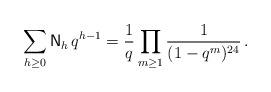
LaTeX: \begin{align*} \sum_{h \geq 0} \mathsf{N}_h\, q^{h-1} = \frac{1}{q} \prod_{m \geq 1} \frac{1}{(1-q^m)^{24}} \,. \end{align*}